Burma Government Medical School reports 1907-22
Year: 1907
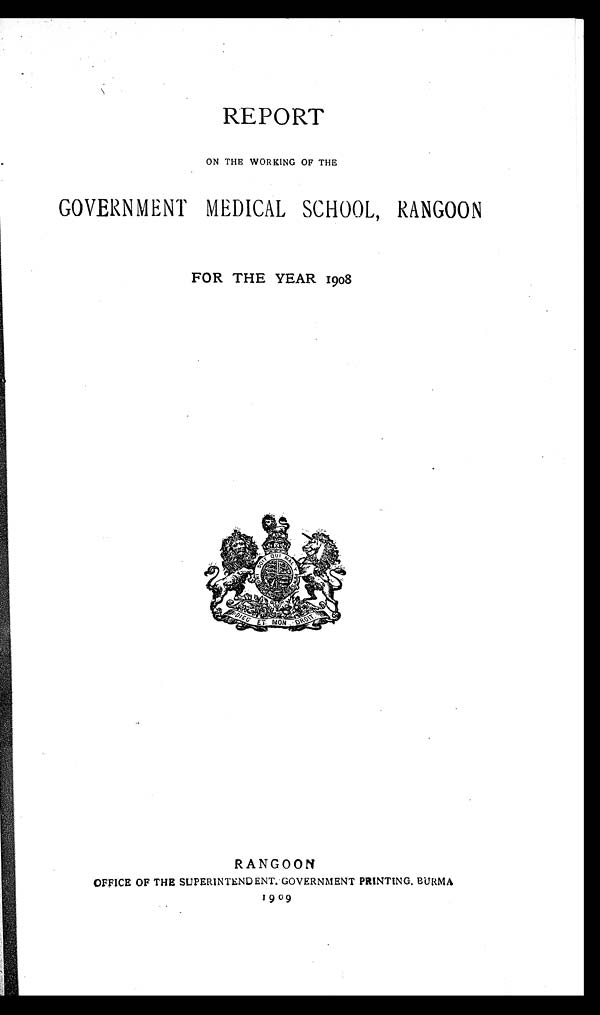
REPORT
ON THE WORKING OF THE
GOVERNMENT MEDICAL SCHOOL, RANGOON
FOR THE YEAR 1908
RANGOON
OFFICE OF THE SUPERINTENDENT. GOVERNMENT PRINTING. BURMA
1909